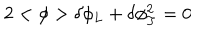
2 < \phi > \delta \phi _ { L } + \delta \phi _ { T } ^ { 2 } = 0